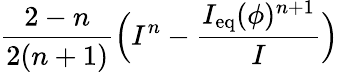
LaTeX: \displaystyle\frac{2-n}{2(n+1)}\Big(I^{n}-\frac{I_{\mathrm{eq}}(\phi)^{n+1}}{I}\Big)